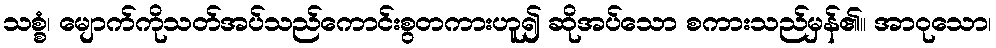
သစ္စံ၊ မျောက်ကိုသတ်အပ်သည်ကောင်းစွတကားဟူ၍ ဆိုအပ်သော စကားသည်မှန်၏။ အာဝုသော၊